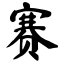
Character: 赛